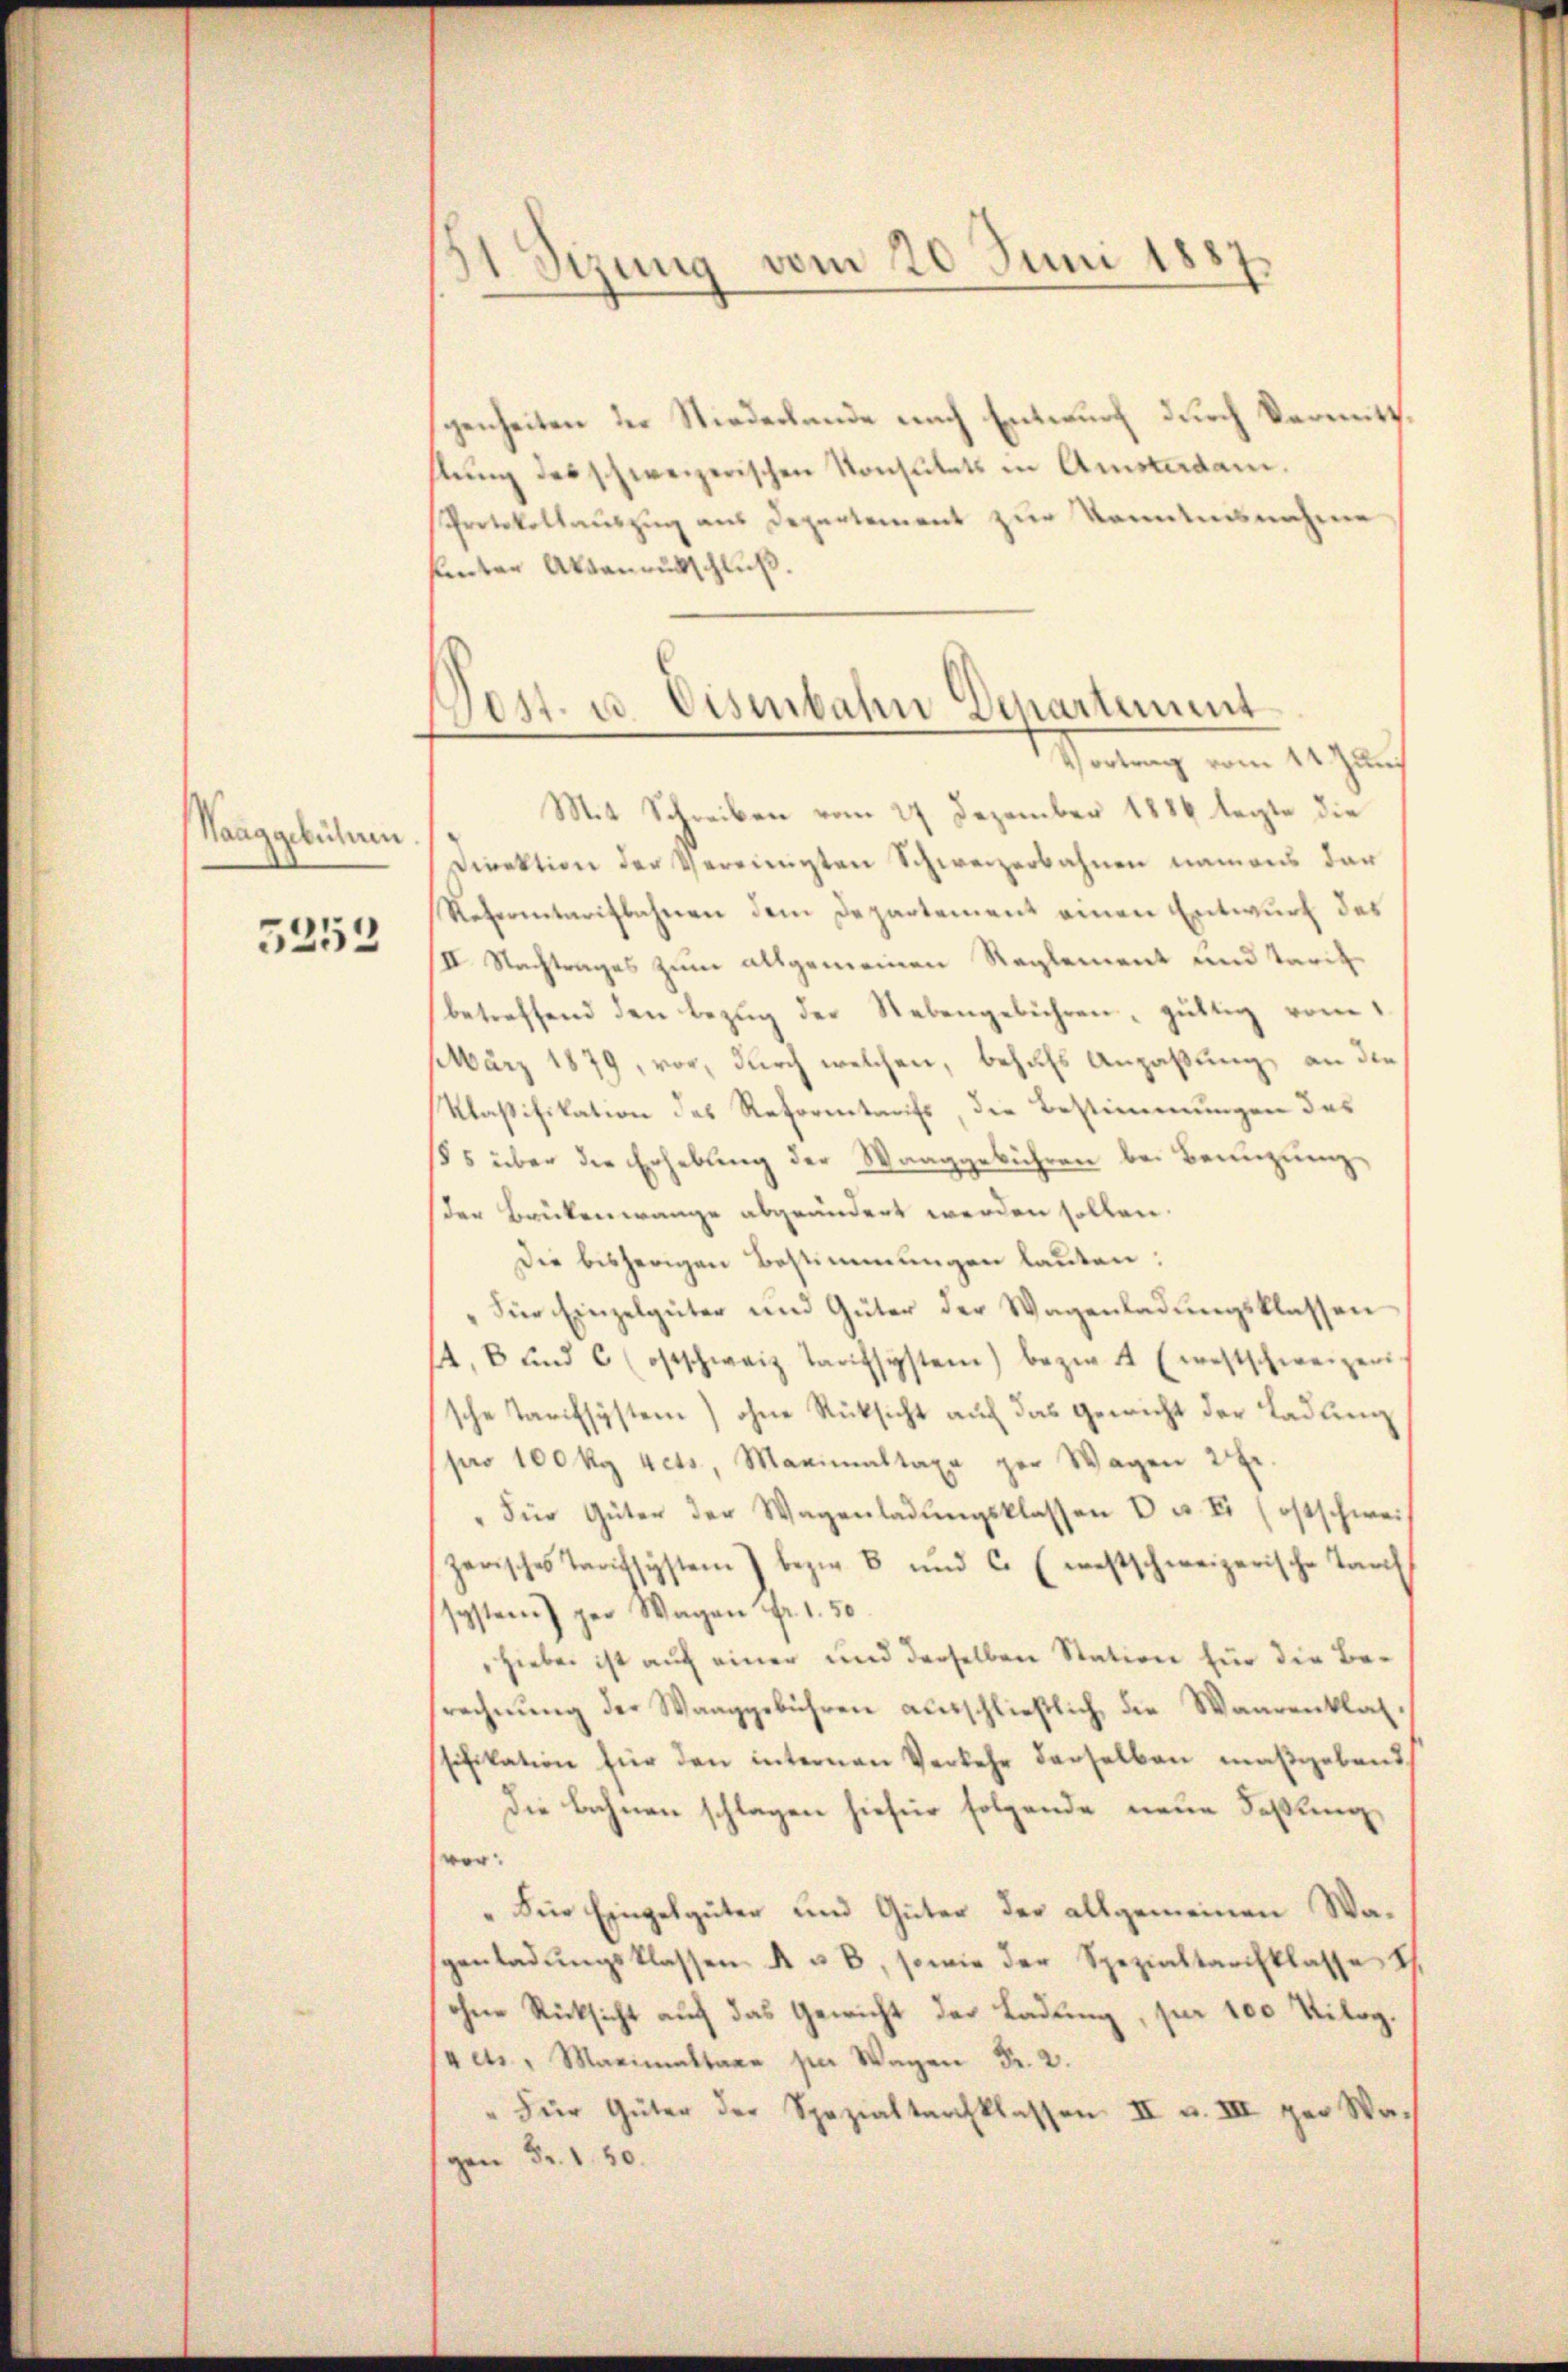
Waaggebühren.

5253

1
1 Sizung vom 20 Juni 1887.

Post. u. Eisenbahn Departement
Heilung vom 1. Jauch

genheiten der Stiederbande nach Entwurf durch Vermittstung des schweizerischen Konsulats in Amstadam.
Protokollauszug aus Departement zur Kenntnisnahme
fnter Aktenrütschluß.
Mit Schreiben vom 27. Dezember 1886 legte die
Direktion der Vereinigten Schweizerbahnen namens dar
Referentaritbahnen dem Departement einen Entwurf des
II. Nachtrages zum allgemeinen Reglement und Tarifbetreffend den Bezug der Nebengebühren, gültig vom
März 1879, vor, durch welchen, behufs Anzaßung, an die
Klaßifikation des Reformtarifs, die Bestimmungen des
§5 über die Erhebung der Waaggebühren bei Beanzungder Brükenwange abgeändert werden sollen.
Die bisherigen Bestimmungen lauten:
„Für Einzelgüter und Güter der Wagenladungsklassen
4, 8 und 6 ostschweiz Tarifsystem) bezw. 4 Ewestschweizer
sche Tarifsystem) ohne Rücksicht auf das Gewicht der Ladung
pro 100 kg 4cts, Maximaltaxa per Wagen 2 Fr.
"Für Güter der Wagenladŭngsklassen u. a. E. (ostschwei
zerisches Tarifsystem bezw. 8 und C. (westschweizerische Tarch
ssystem per Wagen Fr. 1.50
hiebei ist auf einer und derselben Station für die Besrechnung der Waaggebühren ausschließlich die Waarenklagsifikation für den internen Verkehr derselben maßgebend,
Die Bahnen schlagen hiefür folgende neue Faßungver:
„Für Eingelgüter und Güter der allgemeinen Wagenladŭngsklassen A u. 8, sowie der Spezialtarchklasse i
ohne Rücksicht auf das Gewicht der Ladung, per 100 Kilog.
Aets. Maximaltaxe per Wagen Fr. 2.
" für Güter der Spezialtarchklassen II u. III per Wagen Fr. 1. 50.